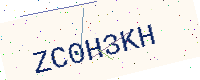
Text: ZC0H3KH